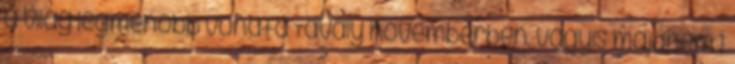
a világ legmenőbb vonata Tavaly novemberben, vagyis majdnem 1